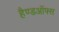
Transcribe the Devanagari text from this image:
हैण्डऑफ्स